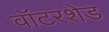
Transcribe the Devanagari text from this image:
वॉटरशेड